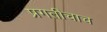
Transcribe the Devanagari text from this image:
प्रगतीचाच